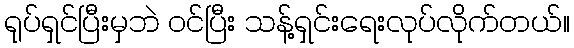
ရုပ်ရှင်ပြီးမှဘဲ ဝင်ပြီး သန့်ရှင်းရေးလုပ်လိုက်တယ်။